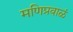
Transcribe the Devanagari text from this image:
मणिप्रवाळं